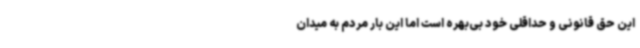
این حق قانونی و حداقلی خود بی‌بهره است اما این بار مردم به میدان